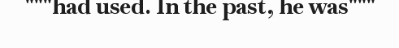
"""had used. In the past, he was"""